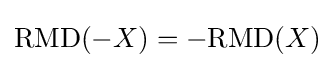
\mathrm {RMD} (-X)=-\mathrm {RMD} (X)